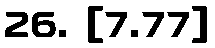
26. [7.77]